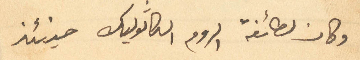
وكان لطائفة الروم الكاثوليك حينئذ